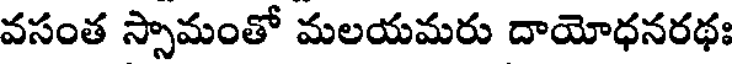
వసంత స్సామంతో మలయమరు దాయోధనరథః